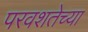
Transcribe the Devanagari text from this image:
परवशतेच्या